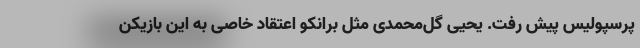
پرسپولیس پیش رفت. یحیی گل‌محمدی مثل برانکو اعتقاد خاصی به این بازیکن